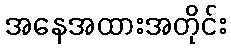
အနေအထားအတိုင်း